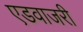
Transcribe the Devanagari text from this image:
एडवाजरी